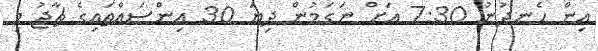
އިން ހެނދުނު 7:30 އަށް ނަގަމުން ދިޔަ 30 އިންސައްތައިގެ ޗާޖު މި